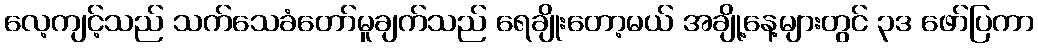
လေ့ကျင့်သည် သက်သေခံတော်မူချက်သည် ရေချိုးတော့မယ် အချို့နေ့များတွင် ၃ဒ ဖော်ပြကာ